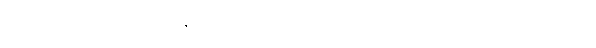
မောင်းဖြင့်။ ပီဠေသိ၊ နှိပ်၏။ သာ၊ ထိုသာမာသည်။ တံ၊ ထိုအရှင်သားကို။